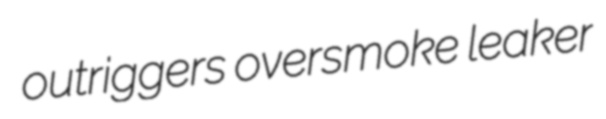
outriggers oversmoke leaker